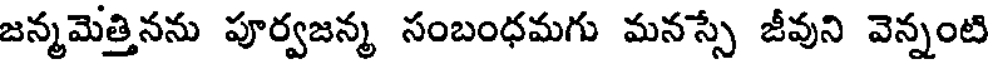
జన్మమెత్తినను పూర్వజన్మ సంబంధమగు మనస్సే జీవుని వెన్నంటి